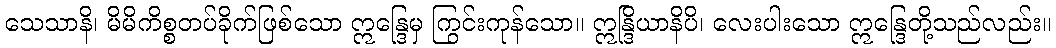
သေသာနိ၊ မိမိကိစ္စတပ်ခိုက်ဖြစ်သော ဣန္ဒြေမှ ကြွင်းကုန်သော။ ဣန္ဒြိယာနိပိ၊ လေးပါးသော ဣန္ဒြေတို့သည်လည်း။